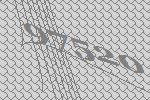
97520